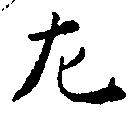
左